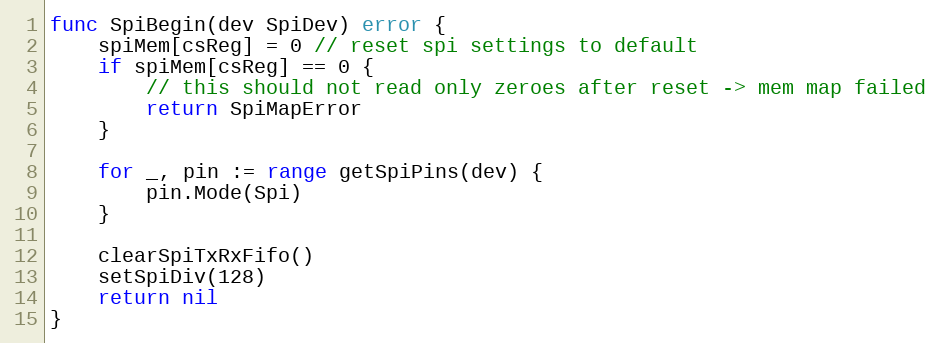
Language: Go
func SpiBegin(dev SpiDev) error {
	spiMem[csReg] = 0 // reset spi settings to default
	if spiMem[csReg] == 0 {
		// this should not read only zeroes after reset -> mem map failed
		return SpiMapError
	}

	for _, pin := range getSpiPins(dev) {
		pin.Mode(Spi)
	}

	clearSpiTxRxFifo()
	setSpiDiv(128)
	return nil
}